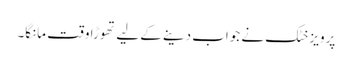
پرویز خٹک نے جواب دینے کے لیے تھوڑا وقت مانگا۔